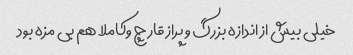
خیلی بیش از اندازه بزرگ و پراز قارچ وکاملا هم بی مزه بود